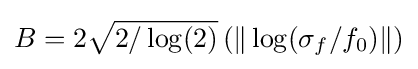
B=2{\sqrt {2/\log(2)}}\left(\|\log(\sigma _{f}/f_{0})\|\right)